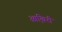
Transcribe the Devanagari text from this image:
आखि़री